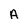
Character: A